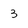
Character: 3